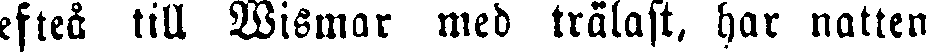
efteå till Wismar med trälast, har natten